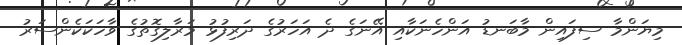
މިޔަންމާ ސިފައިން މާބަނޑު އަންހެނަކާއި އޭނަގެ ދެ އަހަރުގެ ދަރިފުޅު މަރާލިގޮތުގެ ވާހަކަކެންސަރު